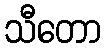
သီတော